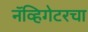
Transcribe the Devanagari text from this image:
नॅव्हिगेटरचा